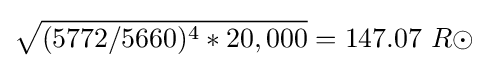
{\sqrt {(5772/5660)^{4}*20,000}}=147.07\ R\odot